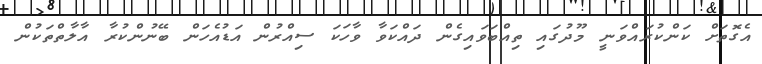
އެގޮތަށް ކަންކުރައްވަނީ މޫދުގައި ތިއްބަވައިގެން ދައްކަވާ ވާހަކަ ސިއްރުން އަޑުއެހަން ބޭނުންކުރާ އާލާތްތަކުން